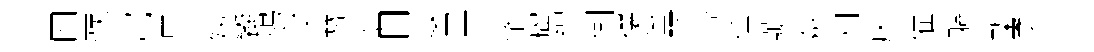
四彂窟昱姨饗鳩々簪泰日駑丅肇籕縛側禳筈环荅倕號歘利床催軀槧勇